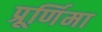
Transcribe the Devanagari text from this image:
प्रूर्णिमा